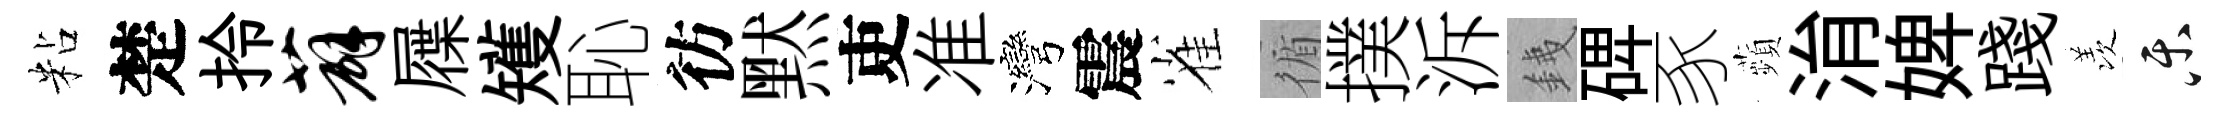
粘楚拎薜屧矱恥彷黙吏准灣震雀循撲泝銕𥓓豕蘋㳙婢踐羡乐